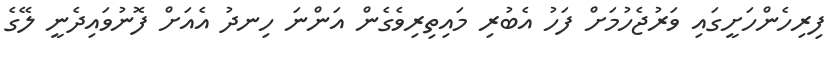
ފިރިހެންހަށީގައި ވަރުޖެހުމަށް ފަހު އެބުރި މައިތިރިވެގެން އަންނަ ހިނދު އެއަށް ފޮނުވައިދެނީ ލޭގެ